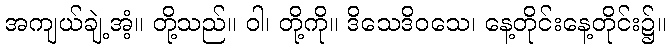
အကျယ်ချဲ့အံ့။ တို့သည်။ ဝါ၊ တို့ကို။ ဒိသေဒိဝသေ၊ နေ့တိုင်းနေ့တိုင်း၌။